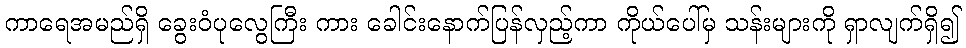
ကာရေအမည်ရှိ ခွေးဝံပုလွေကြီး ကား ခေါင်းနောက်ပြန်လှည့်ကာ ကိုယ်ပေါ်မှ သန်းများကို ရှာလျက်ရှိ၍